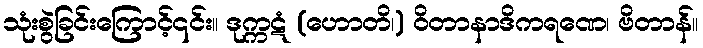
သုံးစွဲခြင်းကြောင့်၎င်း။ ဒုက္ကဋံ (ဟောတိ၊) ဝိတာနာဒိကရဏေ၊ ဗိတာန်။